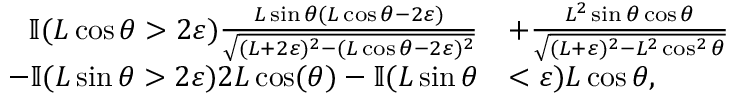
\begin{array} { r l } { \mathbb { I } ( L \cos \theta > 2 \varepsilon ) \frac { L \sin \theta ( L \cos \theta - 2 \varepsilon ) } { \sqrt { ( L + 2 \varepsilon ) ^ { 2 } - ( L \cos \theta - 2 \varepsilon ) ^ { 2 } } } } & { + \frac { L ^ { 2 } \sin \theta \cos \theta } { \sqrt { ( L + \varepsilon ) ^ { 2 } - L ^ { 2 } \cos ^ { 2 } \theta } } } \\ { - \mathbb { I } ( L \sin \theta > 2 \varepsilon ) 2 L \cos ( \theta ) - \mathbb { I } ( L \sin \theta } & { < \varepsilon ) L \cos \theta , } \end{array}